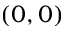
( 0 , 0 )